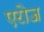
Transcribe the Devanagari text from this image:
एरोज